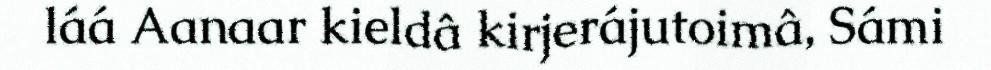
láá Aanaar kieldâ kirjerájutoimâ, Sámi